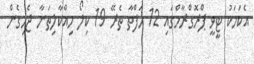
އެކަމަކު ޓީވީ ޕްރޮގްރާމްގައި 12 ހަފްތާ ތެރޭ 19 ކިލޯ ހިއްކާލިތަނާ ޖެހިގެން